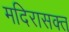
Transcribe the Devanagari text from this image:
मदिरासक्त